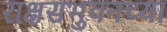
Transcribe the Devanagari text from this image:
राक्षसभुवनच्या